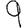
Digit: 9